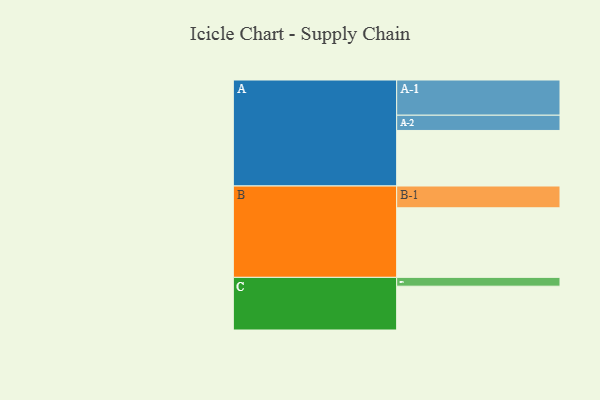
{"axis": {"x": "Segment", "y": "Value"}, "legend": ["", "A", "B", "C"], "data": [{"x": "A", "y": 459, "type": ""}, {"x": "B", "y": 575, "type": ""}, {"x": "C", "y": 362, "type": ""}, {"x": "A-1", "y": 291, "type": "A"}, {"x": "A-2", "y": 126, "type": "A"}, {"x": "B-1", "y": 180, "type": "B"}, {"x": "C-1", "y": 73, "type": "C"}]}